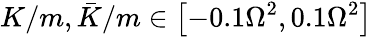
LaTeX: K/m,\bar{K}/m\in\left[-0.1\Omega^{2},0.1\Omega^{2}\right]